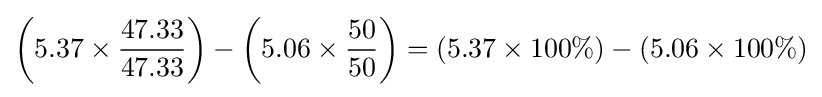
\left(5.37\times {\frac {\mbox{47.33}}{\mbox{47.33}}}\right)-\left(5.06\times {\frac {\mbox{50}}{\mbox{50}}}\right)=\left(5.37\times 100\%\right)-\left(5.06\times 100\%\right)